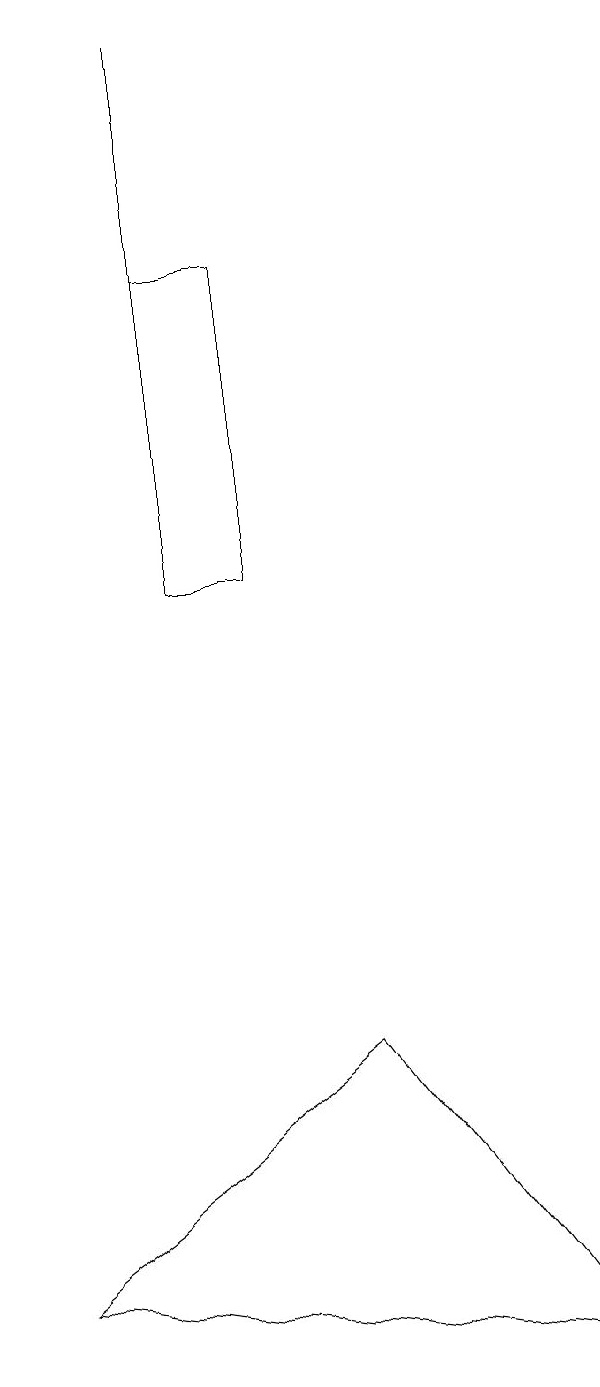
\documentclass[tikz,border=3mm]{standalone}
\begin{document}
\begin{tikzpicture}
\draw (5,16) rectangle (4,12);
\draw (6,6) -- (9,2) -- (2,3) -- cycle;
\draw (4,19) rectangle (4,14);
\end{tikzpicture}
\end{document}